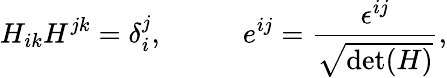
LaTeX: H_{ik}H^{jk}=\delta_{i}^{j},\; \; \; \; \; \; \; \; \; \; e^{ij}=\frac{\epsilon^{ij}}{\sqrt{\mathrm{det}(H)}},